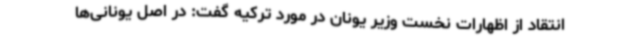
انتقاد از اظهارات نخست وزیر یونان در مورد ترکیه گفت: در اصل یونانی‌ها